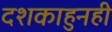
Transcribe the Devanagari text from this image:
दशकाहुनही